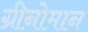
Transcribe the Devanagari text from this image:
ग्रीनोमान